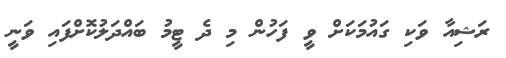
ރަޝިއާ ވަކި ގައުމަކަށް ވީ ފަހުން މި ދެ ޓީމު ބައްދަލުކޮށްފައި ވަނީ